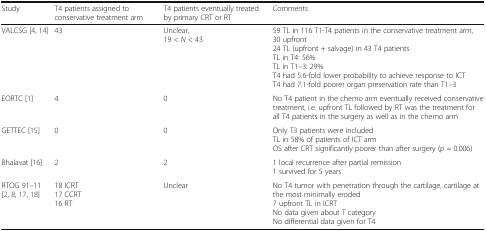
| Study | T4 patients assigned to conservative treatment arm | T4 patients eventually treated by primary CRT or RT | Comments |
 | --- | --- | --- | --- |
 | VALCSG [4, 14] | 43 | Unclear,19 < N < 43 | 59 TL in 116 T1-T4 patients in the conservative treatment arm, 30 upfront24 TL (upfront + salvage) in 43 T4 patientsTL in T4: 56%TL in T1–3: 29%T4 had 5.6-fold lower probability to achieve response to ICTT4 had 7.1-fold poorer organ preservation rate than T1–3 |
 | EORTC [1] | 4 | 0 | No T4 patient in the chemo arm eventually received conservative treatment, i.e. upfront TL followed by RT was the treatment for all T4 patients in the surgery as well as in the chemo arm |
 | GETTEC [15] | 0 | 0 | Only T3 patients were includedTL in 58% of patients of ICT armOS after CRT significantly poorer than after surgery (p = 0.006) |
 | Bhalavat [16] | 2 | 2 | 1 local recurrence after partial remission1 survived for 5 years |
 | RTOG 91–11[2, 8, 17, 18] | 18 ICRT17 CCRT16 RT | Unclear | No T4 tumor with penetration through the cartilage, cartilage at the most minimally eroded7 upfront TL in ICRTNo data given about T categoryNo differential data given for T4 |